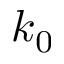
k _ { 0 }